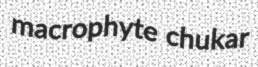
macrophyte chukar